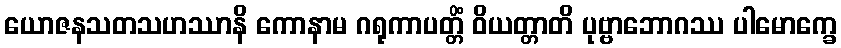
ယောဇနသတသဟဿာနိ ကောနာမ ဂရုကာပတ္တိံ ဝိယတ္တာတိ ပုဗ္ဗာဘောဂဿ ပါမောက္ခေ